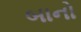
બાનો